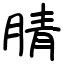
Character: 腈